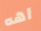
اهه